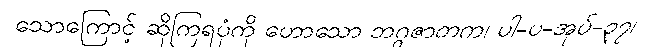
သောကြောင့် ဆိုကြရပုံကို ဟောသော ဘဂ္ဂဇာတက၊ ပါ-ပ-အုပ်-၃၇၊